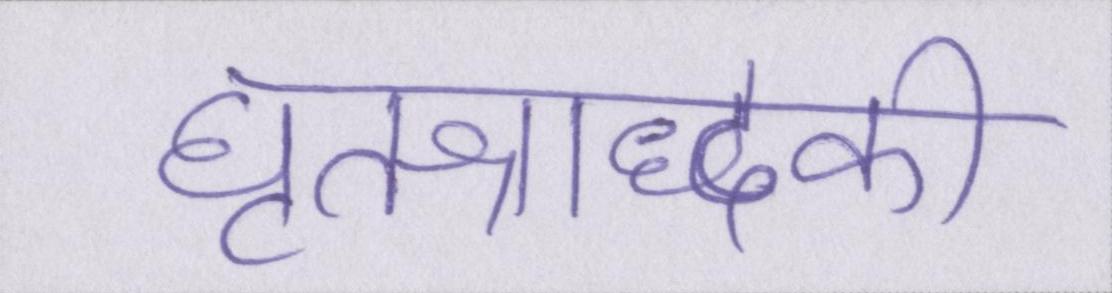
घृतश्राद्धकी